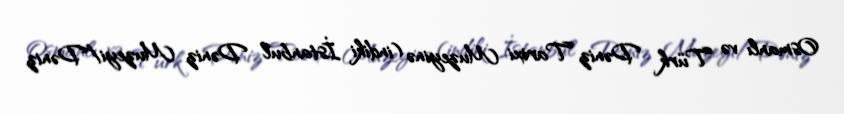
Osmanlı və Türk Dəniz Tarixi Muzeyinə (indiki İstanbul Dəniz Muzeyi/Dəniz